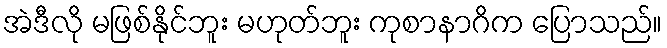
အဲဒီလို မဖြစ်နိုင်ဘူး မဟုတ်ဘူး ကုစာနာဂိက ပြောသည်။